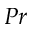
P r